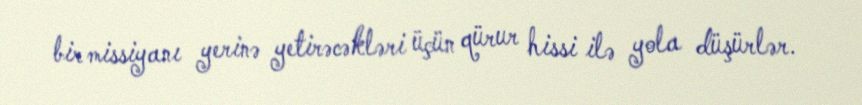
bir missiyanı yerinə yetirəcəkləri üçün qürur hissi ilə yola düşürlər.